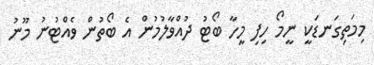
މިމަތިގަނޑަކީ ނީމޯ ހިފި މީހާ ބޯޓު ދުއްވާލުމުން އެ ބޯތުން ވެއްޓުނު މޫނު